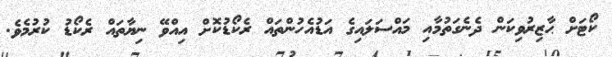
ކޯޓަށް ޙާޒިރުވިކަން ދެނެގަތުމާއި މައްސަލައިގެ އަޑުއެހުންތައް ރެކޯޑުކޮށް އިއްވޭ ނިޔާތައް ރެކޯޑު ކުރުމެވެ.